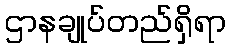
ဌာနချုပ်တည်ရှိရာ